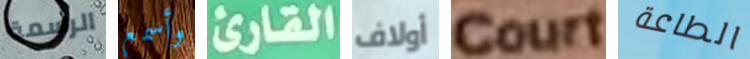
الرسمة وأسمع القارئ أولاف Court الطاعة